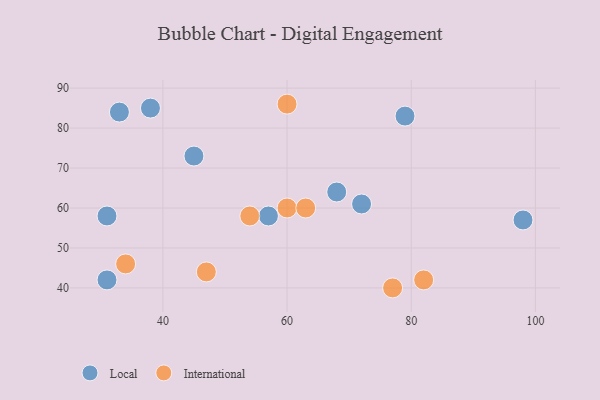
{"axis": {"x": "GDP", "y": "Life Expectancy"}, "legend": ["International", "Local"], "data": [{"x": "33", "y": 84, "type": "Local"}, {"x": "98", "y": 57, "type": "Local"}, {"x": "72", "y": 61, "type": "Local"}, {"x": "38", "y": 85, "type": "Local"}, {"x": "68", "y": 64, "type": "Local"}, {"x": "31", "y": 58, "type": "Local"}, {"x": "79", "y": 83, "type": "Local"}, {"x": "45", "y": 73, "type": "Local"}, {"x": "31", "y": 42, "type": "Local"}, {"x": "57", "y": 58, "type": "Local"}, {"x": "54", "y": 58, "type": "International"}, {"x": "77", "y": 40, "type": "International"}, {"x": "60", "y": 60, "type": "International"}, {"x": "34", "y": 46, "type": "International"}, {"x": "60", "y": 86, "type": "International"}, {"x": "47", "y": 44, "type": "International"}, {"x": "63", "y": 60, "type": "International"}, {"x": "82", "y": 42, "type": "International"}]}